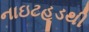
નાઇટહૂડથી